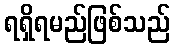
ရရှိရမည်ဖြစ်သည်